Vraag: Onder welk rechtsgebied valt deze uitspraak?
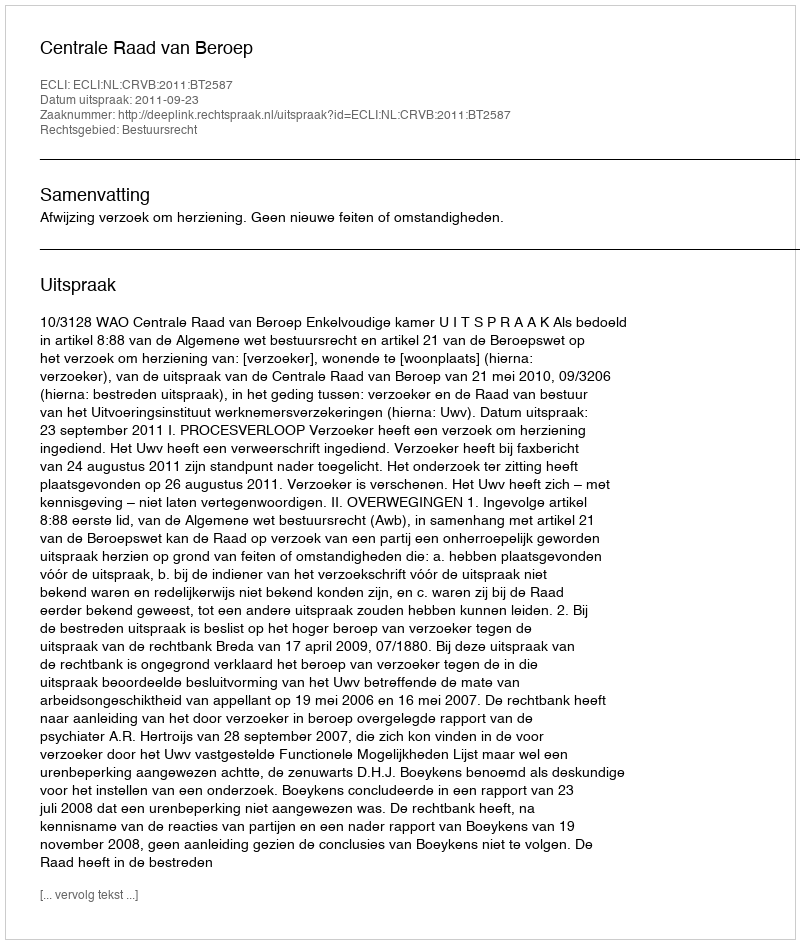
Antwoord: Bestuursrecht